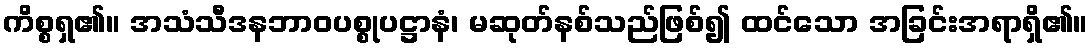
ကိစ္စရှ၏။ အသံသီဒနဘာဝပစ္စုပဋ္ဌာနံ၊ မဆုတ်နစ်သည်ဖြစ်၍ ထင်သော အခြင်းအရာရှိ၏။